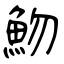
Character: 魩